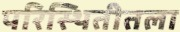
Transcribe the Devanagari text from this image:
परिस्थितीतला